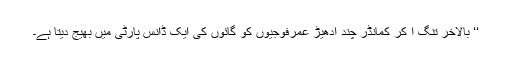
‘‘ بالآخر تنگ آ کر کمانڈر چند ادھیڑ عُمرفوجیوں کو گائوں کی ایک ڈانس پارٹی میں بھیج دیتا ہے۔